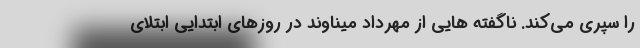
را سپری می‌کند. ناگفته هایی از مهرداد میناوند در روزهای ابتدایی ابتلای